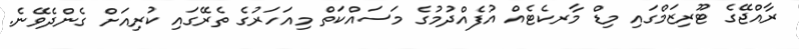
ރާއްޖޭގެ ޓޫރިޒަމްގައި މިޑް މާރކެޓެއް އުފެއްދުމުގެ މަސައްކަތް މިއަހަރުގެ ތެރޭގައި ކުރިއަށް ގެންދެވޭނެ.